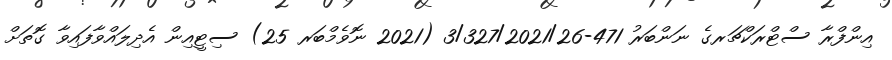
އިންފްރާ ސްޓްރަކްޗަރގެ ނަންބަރު 471-3/327/2021/26 (2021 ނޮވެމްބަރ 25) ސިޓީއިން އެދިލައްވާފައިވާ ގޮތަށް